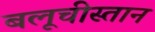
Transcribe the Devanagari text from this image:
बलूचीस्तान